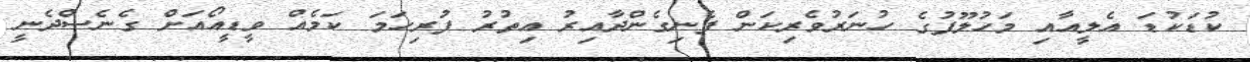
ކުޑަކުޑަ އެލީއާއި މަހުލޫފުގެ ހުނަރުވެރިކަން ފެނިގެންދާއިރު އިތުރު ފުރިހަމަ ކަމެއް ވީޑީއޯއަށް ގެނެސްދެނީ